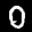
Label: 0